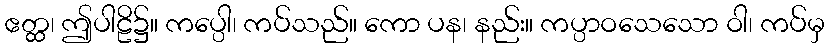
ဧတ္ထ၊ ဤပါဠိ၌။ ကပ္ပေါ၊ ကပ်သည်။ ကော ပန၊ နည်း။ ကပ္ပာဝသေသော ဝါ၊ ကပ်မှ